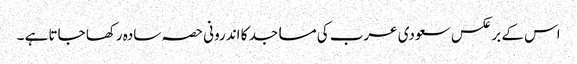
اس کے برعکس سعودی عرب کی مساجد کا اندرونی حصہ سادہ رکھا جاتا ہے ۔